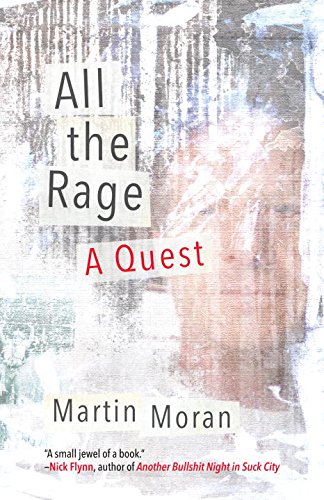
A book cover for All the Rage: A Quest; Martin Moran; Literature & Fiction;